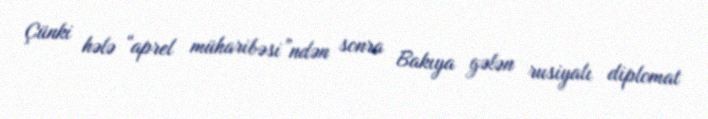
Çünki hələ “aprel müharibəsi”ndən sonra Bakıya gələn rusiyalı diplomat